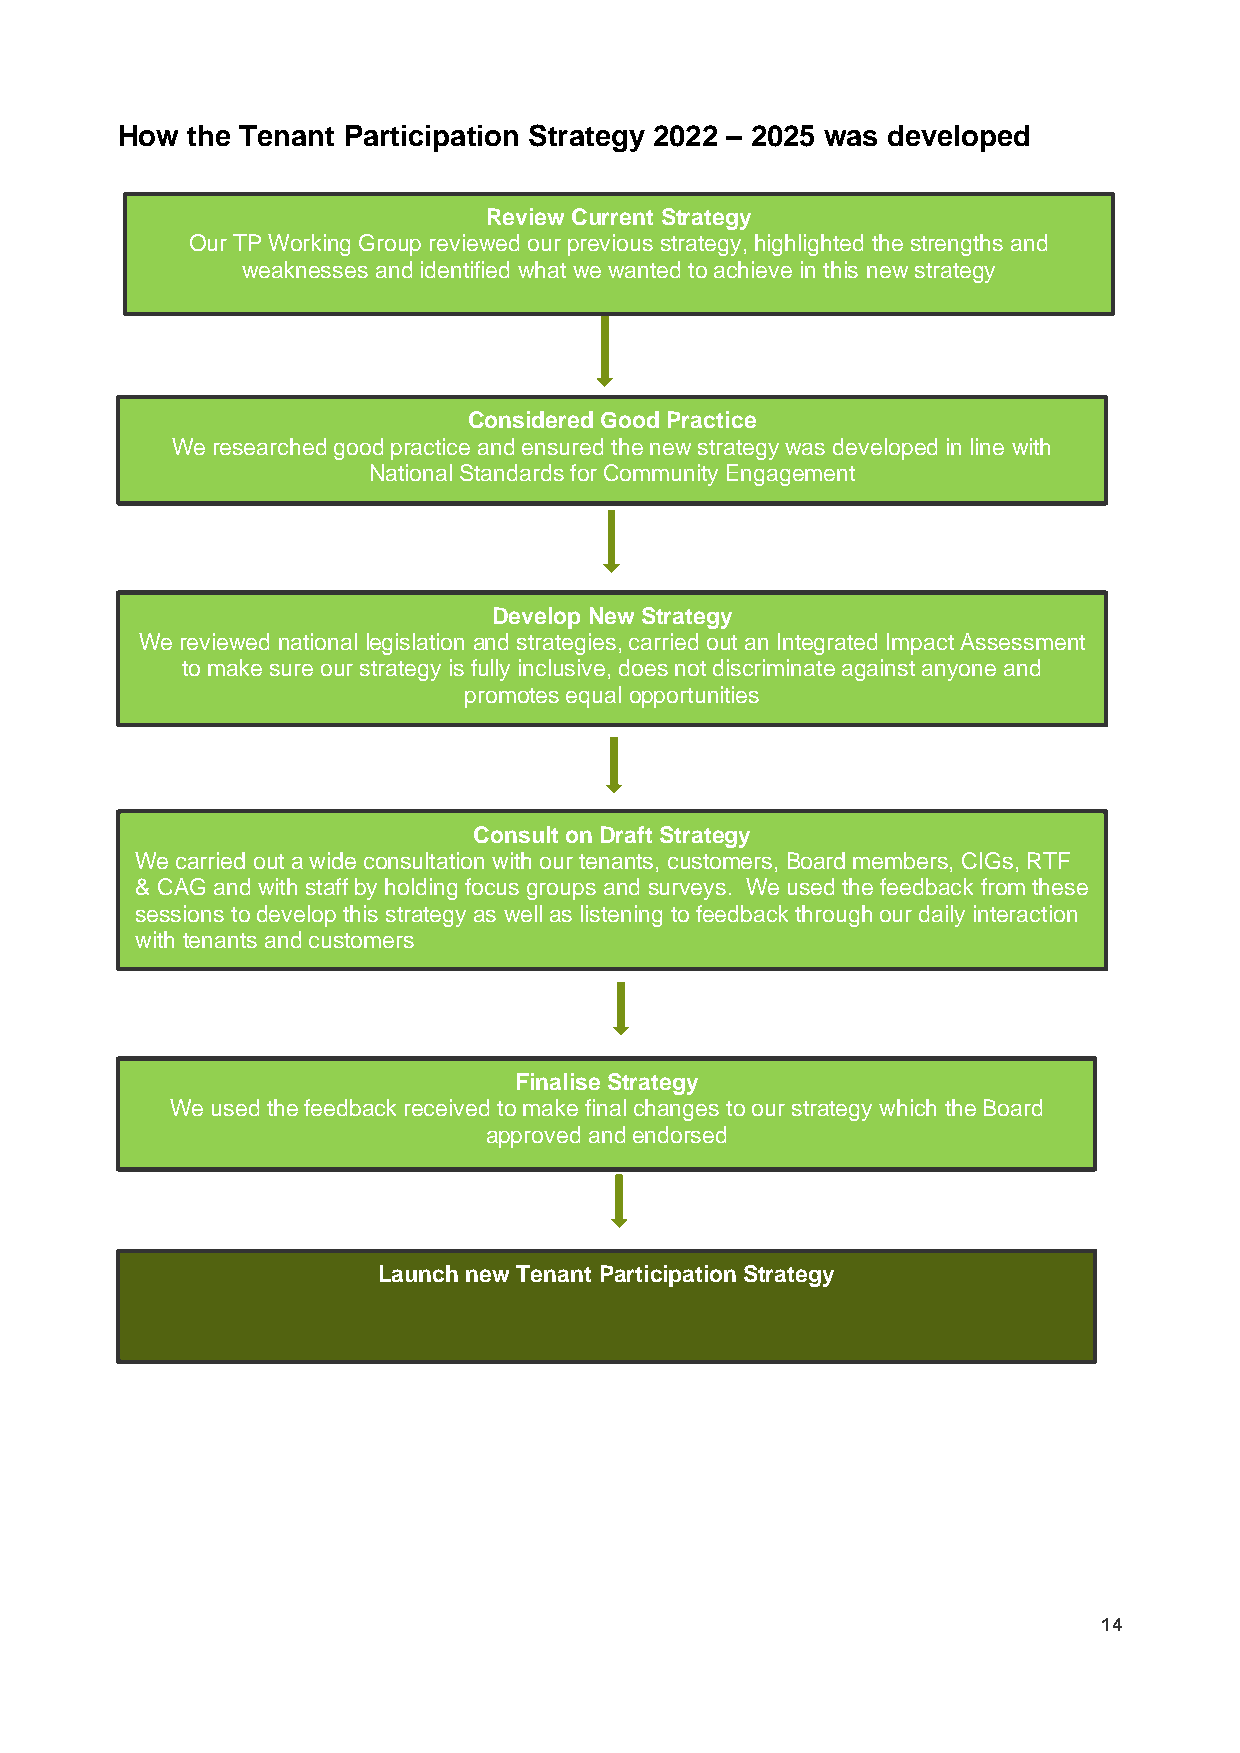
How the Tenant Participation Strategy 2022 – 2025 was developed
 Review Current Strategy
 Our TP Working Group reviewed our previous strategy, highlighted the strengths and
 weaknesses and identified what we wanted to achieve in this new strategy
 Considered Good Practice
 We researched good practice and ensured the new strategy was developed in line with
 National Standards for Community Engagement
 Develop New Strategy
 We reviewed national legislation and strategies, carried out an Integrated Impact Assessment
 to make sure our strategy is fully inclusive, does not discriminate against anyone and
 promotes equal opportunities
 Consult on Draft Strategy
 We carried out a wide consultation with our tenants, customers, Board members, CIGs, RTF
 & CAG and with staff by holding focus groups and surveys. We used the feedback from these
 sessions to develop this strategy as well as listening to feedback through our daily interaction
 with tenants and customers
 Finalise Strategy
 We used the feedback received to make final changes to our strategy which the Board
 approved and endorsed
 Launch new Tenant Participation Strategy
 14